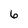
Character: 6